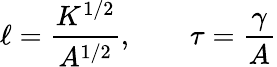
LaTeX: \ell=\frac{K^{1/2}}{A^{1/2}},\qquad\tau=\frac{\gamma}{A}